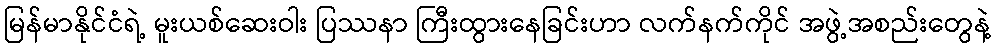
မြန်မာနိုင်ငံရဲ့ မူးယစ်ဆေးဝါး ပြဿနာ ကြီးထွားနေခြင်းဟာ လက်နက်ကိုင် အဖွဲ့အစည်းတွေနဲ့